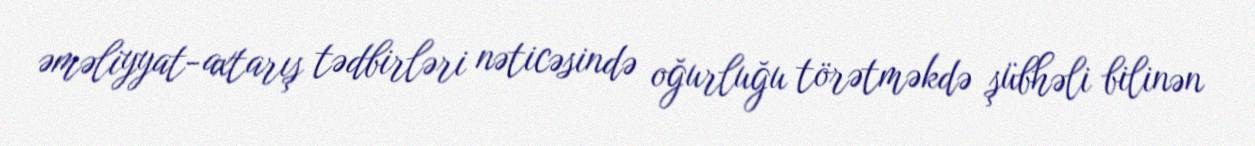
əməliyyat-axtarış tədbirləri nəticəsində oğurluğu törətməkdə şübhəli bilinən